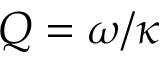
Q = \omega / \kappa